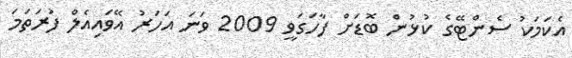
އެކަމަކު ސެންޓޭގެ ކުޅުން ބޮޑަށް ފާހަގަވީ 2009 ވަނަ އަހަރު އޭވައިއެލް ފުރަތަމަ